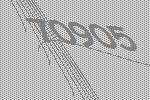
70905